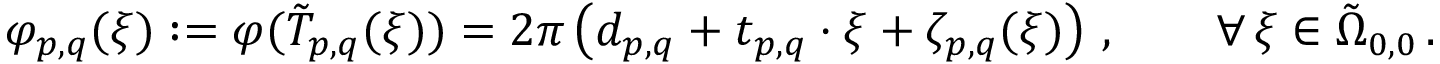
\varphi _ { p , q } ( \boldsymbol { \xi } ) : = \varphi ( \tilde { T } _ { p , q } ( \boldsymbol { \xi } ) ) = 2 \pi \left( d _ { p , q } + \boldsymbol { t } _ { p , q } \cdot \boldsymbol { \xi } + \zeta _ { p , q } ( \boldsymbol { \xi } ) \right) \, , \qquad \forall \, \boldsymbol { \xi } \in \tilde { \Omega } _ { 0 , 0 } \, .